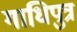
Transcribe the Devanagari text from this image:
गाधिपुत्र